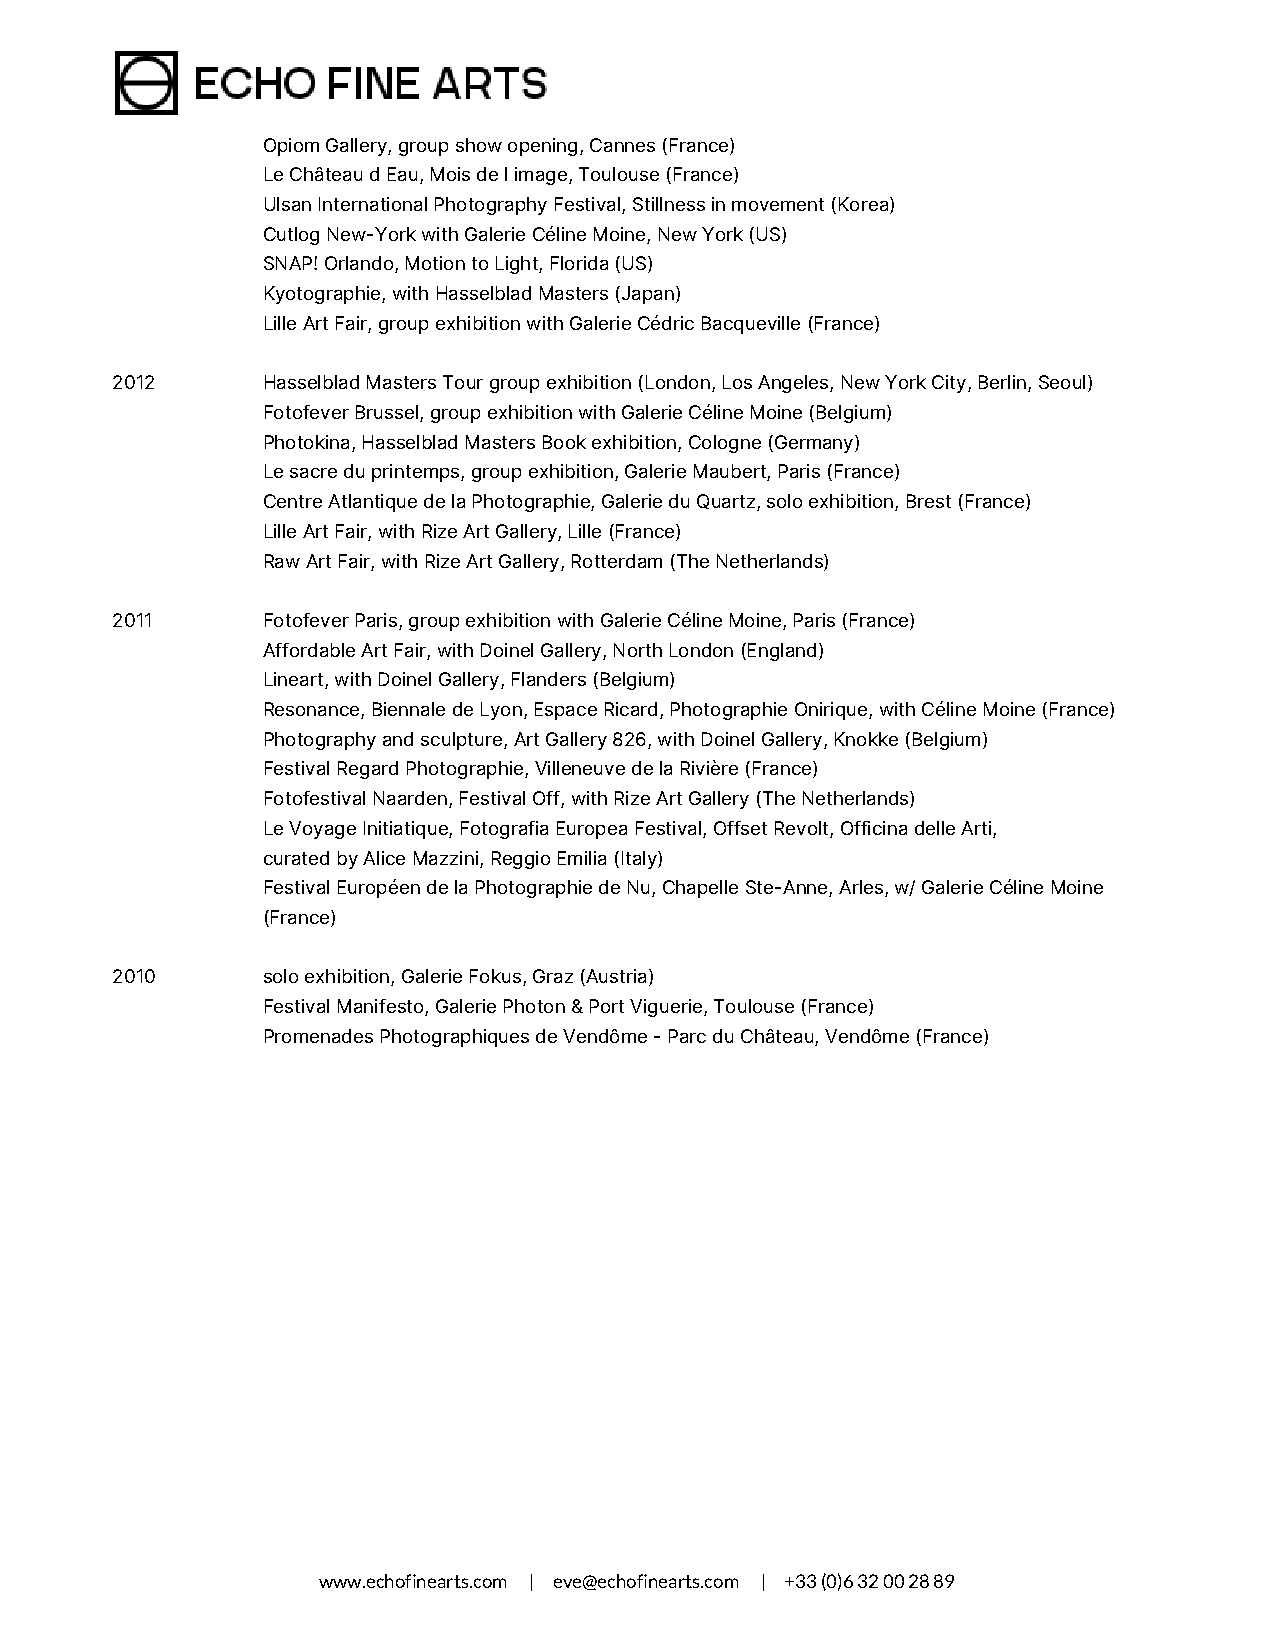
Opiom Gallery, group show opening, Cannes (France)
 Le Château d Eau, Mois de l image, Toulouse (France)
 Ulsan International Photography Festival, Stillness in movement (Korea)
 Cutlog New-York with Galerie Céline Moine, New York (US)
 SNAP! Orlando, Motion to Light, Florida (US)
 Kyotographie, with Hasselblad Masters (Japan)
 Lille Art Fair, group exhibition with Galerie Cédric Bacqueville (France)
 2012      Hasselblad Masters Tour group exhibition (London, Los Angeles, New York City, Berlin, Seoul)
 Fotofever Brussel, group exhibition with Galerie Céline Moine (Belgium)
 Photokina, Hasselblad Masters Book exhibition, Cologne (Germany)
 Le sacre du printemps, group exhibition, Galerie Maubert, Paris (France)
 Centre Atlantique de la Photographie, Galerie du Quartz, solo exhibition, Brest (France)
 Lille Art Fair, with Rize Art Gallery, Lille (France)
 Raw Art Fair, with Rize Art Gallery, Rotterdam (The Netherlands)
 2011      Fotofever Paris, group exhibition with Galerie Céline Moine, Paris (France)
 Affordable Art Fair, with Doinel Gallery, North London (England)
 Lineart, with Doinel Gallery, Flanders (Belgium)
 Resonance, Biennale de Lyon, Espace Ricard, Photographie Onirique, with Céline Moine (France)
 Photography and sculpture, Art Gallery 826, with Doinel Gallery, Knokke (Belgium)
 Festival Regard Photographie, Villeneuve de la Rivière (France)
 Fotofestival Naarden, Festival Off, with Rize Art Gallery (The Netherlands)
 Le Voyage Initiatique, Fotografia Europea Festival, Offset Revolt, Officina delle Arti,
 curated by Alice Mazzini, Reggio Emilia (Italy)
 Festival Européen de la Photographie de Nu, Chapelle Ste-Anne, Arles, w/ Galerie Céline Moine
 (France)
 2010      solo exhibition, Galerie Fokus, Graz (Austria)
 Festival Manifesto, Galerie Photon & Port Viguerie, Toulouse (France)
 Promenades Photographiques de Vendôme - Parc du Château, Vendôme (France)
 www.echofinearts.com | eve@echofinearts.com | +33 (0)6 32 00 28 89